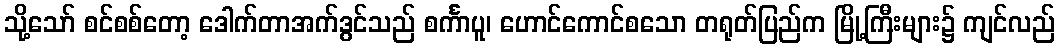
သို့သော် စင်စစ်တော့ ဒေါက်တာအက်ဒွင်သည် စင်္ကာပူ၊ ဟောင်ကောင်စသော တရုတ်ပြည်က မြို့ကြီးများ၌ ကျင်လည်